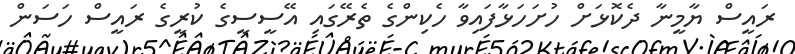
ރައީސް ޔާމީނާ ދެކޮޅަށް ހުށަހަޅާފައިވާ ހެކިންގެ ތެރޭގައި އޭސީސީގެ ކުރީގެ ރައީސް ހަސަން